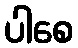
ပါစေ